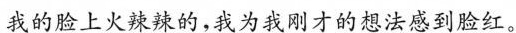
我的脸上火辣辣的，我为我刚才的想法感到脸红。